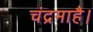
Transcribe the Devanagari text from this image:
चंद्रमाहै।